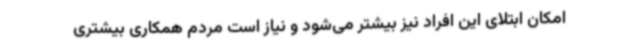
امکان ابتلای این افراد نیز بیشتر می‌شود و نیاز است مردم همکاری بیشتری